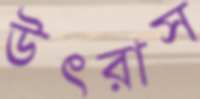
উৎরাস